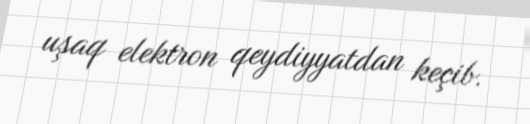
uşaq elektron qeydiyyatdan keçib.